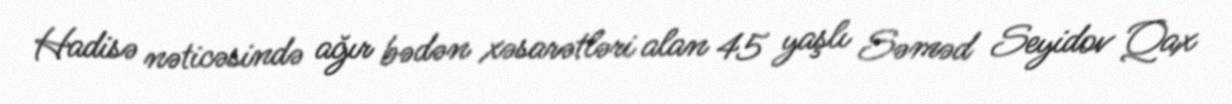
Hadisə nəticəsində ağır bədən xəsarətləri alan 45 yaşlı Səməd Seyidov Qax